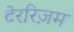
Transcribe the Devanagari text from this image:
टेररिज़म